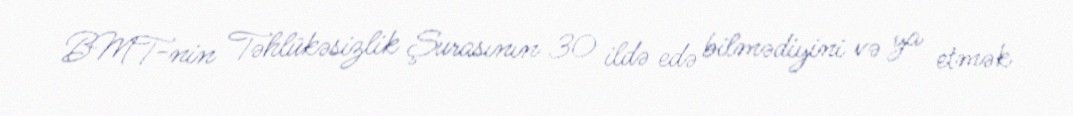
BMT-nin Təhlükəsizlik Şurasının 30 ildə edə bilmədiyini və ya etmək